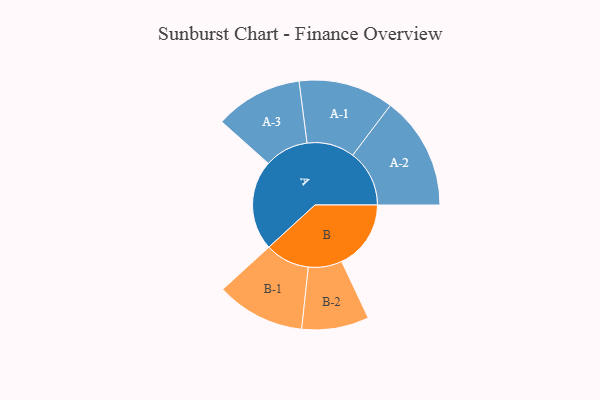
{"axis": {"x": "Segment", "y": "Value"}, "legend": ["", "A", "B"], "data": [{"x": "A", "y": 477, "type": ""}, {"x": "B", "y": 367, "type": ""}, {"x": "A-1", "y": 252, "type": "A"}, {"x": "A-2", "y": 300, "type": "A"}, {"x": "A-3", "y": 232, "type": "A"}, {"x": "B-1", "y": 235, "type": "B"}, {"x": "B-2", "y": 178, "type": "B"}]}